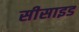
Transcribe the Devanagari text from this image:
सीसाइड